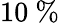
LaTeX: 10~\%